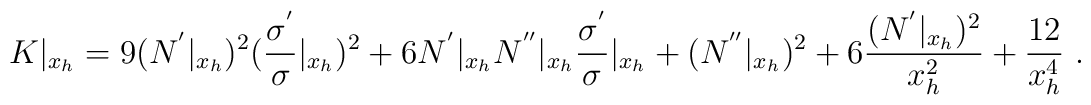
K|_{x_h}=9 (N^{'}|_{x_h})^2 (\frac{\sigma^{'}}{\sigma}|_{x_h})^2+6N^{'}|_{x_h}N^{''}|_{x_h}\frac{\sigma^{'}}{\sigma}|_{x_h}+(N^{''}|_{x_h})^2+6\frac{(N^{'}|_{x_h})^2}{x_h^2}+\frac{12}{x_h^4} \ .